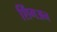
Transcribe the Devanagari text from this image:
शिंगअन